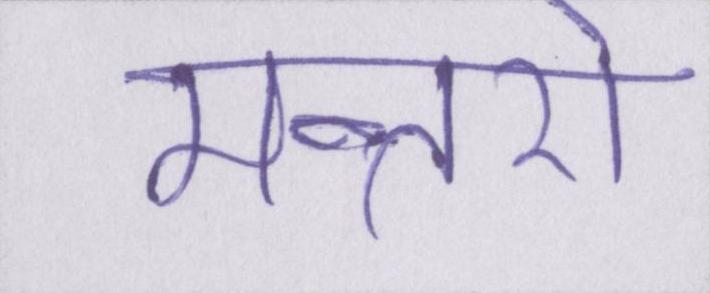
मन्तरो